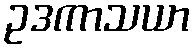
ဥဒကာသယာ